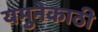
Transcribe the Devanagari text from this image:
यमुनेकाठी